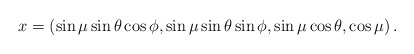
\begin{align*}x = \left( \sin \mu \sin \theta \cos \phi,\sin \mu \sin \theta \sin \phi,\sin \mu \cos \theta,\cos \mu\right).\end{align*}